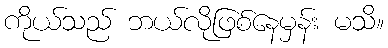
ကိုယ်သည် ဘယ်လိုဖြစ်နေမှန်း မသိ။